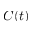
C ( t )